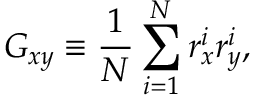
G _ { x y } \equiv \frac { 1 } { N } \sum _ { i = 1 } ^ { N } r _ { x } ^ { i } r _ { y } ^ { i } ,